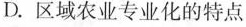
D.区域农业专业化的特点